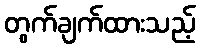
တွက်ချက်ထားသည့်